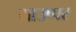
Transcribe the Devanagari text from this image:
याउप्पर